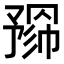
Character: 𢄮